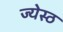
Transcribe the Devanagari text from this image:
ज्येस्ठ